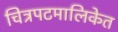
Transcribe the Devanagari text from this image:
चित्रपटमालिकेत